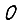
Digit: 0